Annual report of the Imperial Bacteriological Laboratory, Muktesar
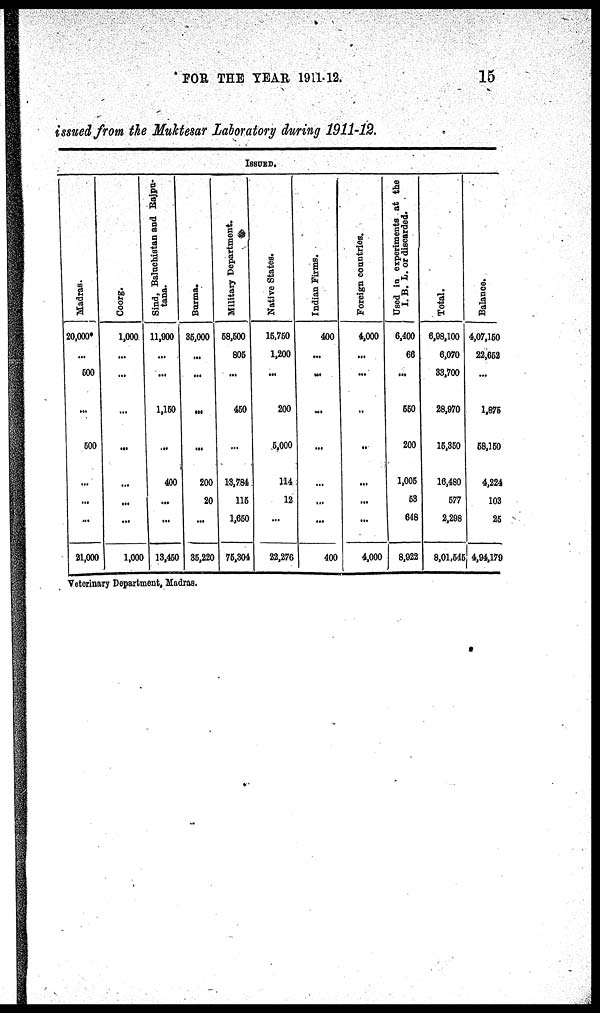
FOR THE YEAR 1911-12.
15
issued from the Muktesar Laboratory during 1911-12.
ISSUED.
Madras.
20,000*
...
500
...
500
...
...
...
21,000
Coorg.
1,000
...
...
...
...
...
...
...
1,000
Sind, Baluchistan and Rajpu¬
tana.
11,900
...
...
1,150
...
400
...
...
13,450
Burma.
35,000
...
...
...
...
200
20
...
35,220
Military Department.
58,500
805
...
450
...
13,784
115
1,650
75,304
Native States.
15,750
1,200
...
200
5,000
114
12
...
22,276
Indian Firms.
400
...
...
...
...
...
...
...
400
Foreign countries.
4,000
...
...
...
...
...
...
...
4,000
Used in experiments at the
I. B. L. or discarded.
6,400
66
...
550
200
1,005
53
648
8,922
Total.
6,98,100
6,070
33,700
28,970
15,350
16,480
577
2,298
8,01,545
Balance.
4,07,150
22,652
...
1,875
58,150
4,224
103
25
4,94,179
Veterinary Department, Madras.